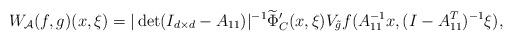
LaTeX: \begin{align*}W_\mathcal{A}(f,g)(x,\xi)= |\det(I_{d\times d}-A_{11})|^{-1} \widetilde{\Phi}'_{C}(x,\xi) V_{\tilde{g}}f(A_{11}^{-1}x,(I-A_{11}^T)^{-1}\xi),\end{align*}